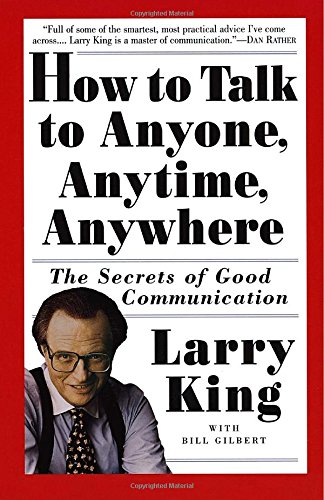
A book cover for How to Talk to Anyone, Anytime, Anywhere: The Secrets of Good Communication; Larry King; Reference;